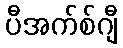
ပီအက်စ်ဂျီ